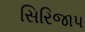
સિરિજાપ